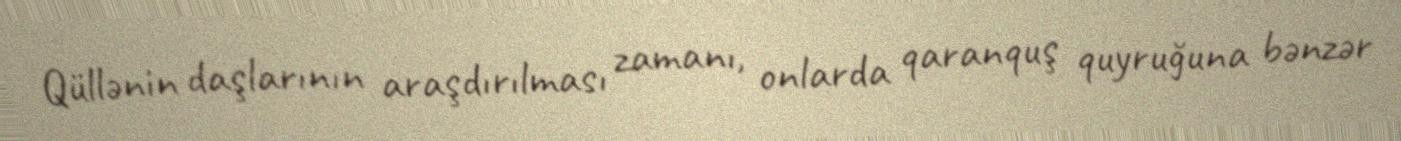
Qüllənin daşlarının araşdırılması zamanı, onlarda qaranquş quyruğuna bənzər